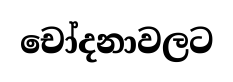
චෝදනාවලට